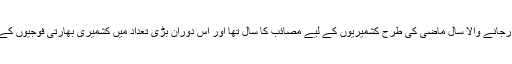
انھوں نے کہاکہ گزرجانے والا سال ماضی کی طرح کشمیریوں کے لیے مصائب کا سال تھا اور اس دوران بڑی تعداد میں کشمیری بھارتی فوجیوں کے ہاتھوں شہید ہوئے۔